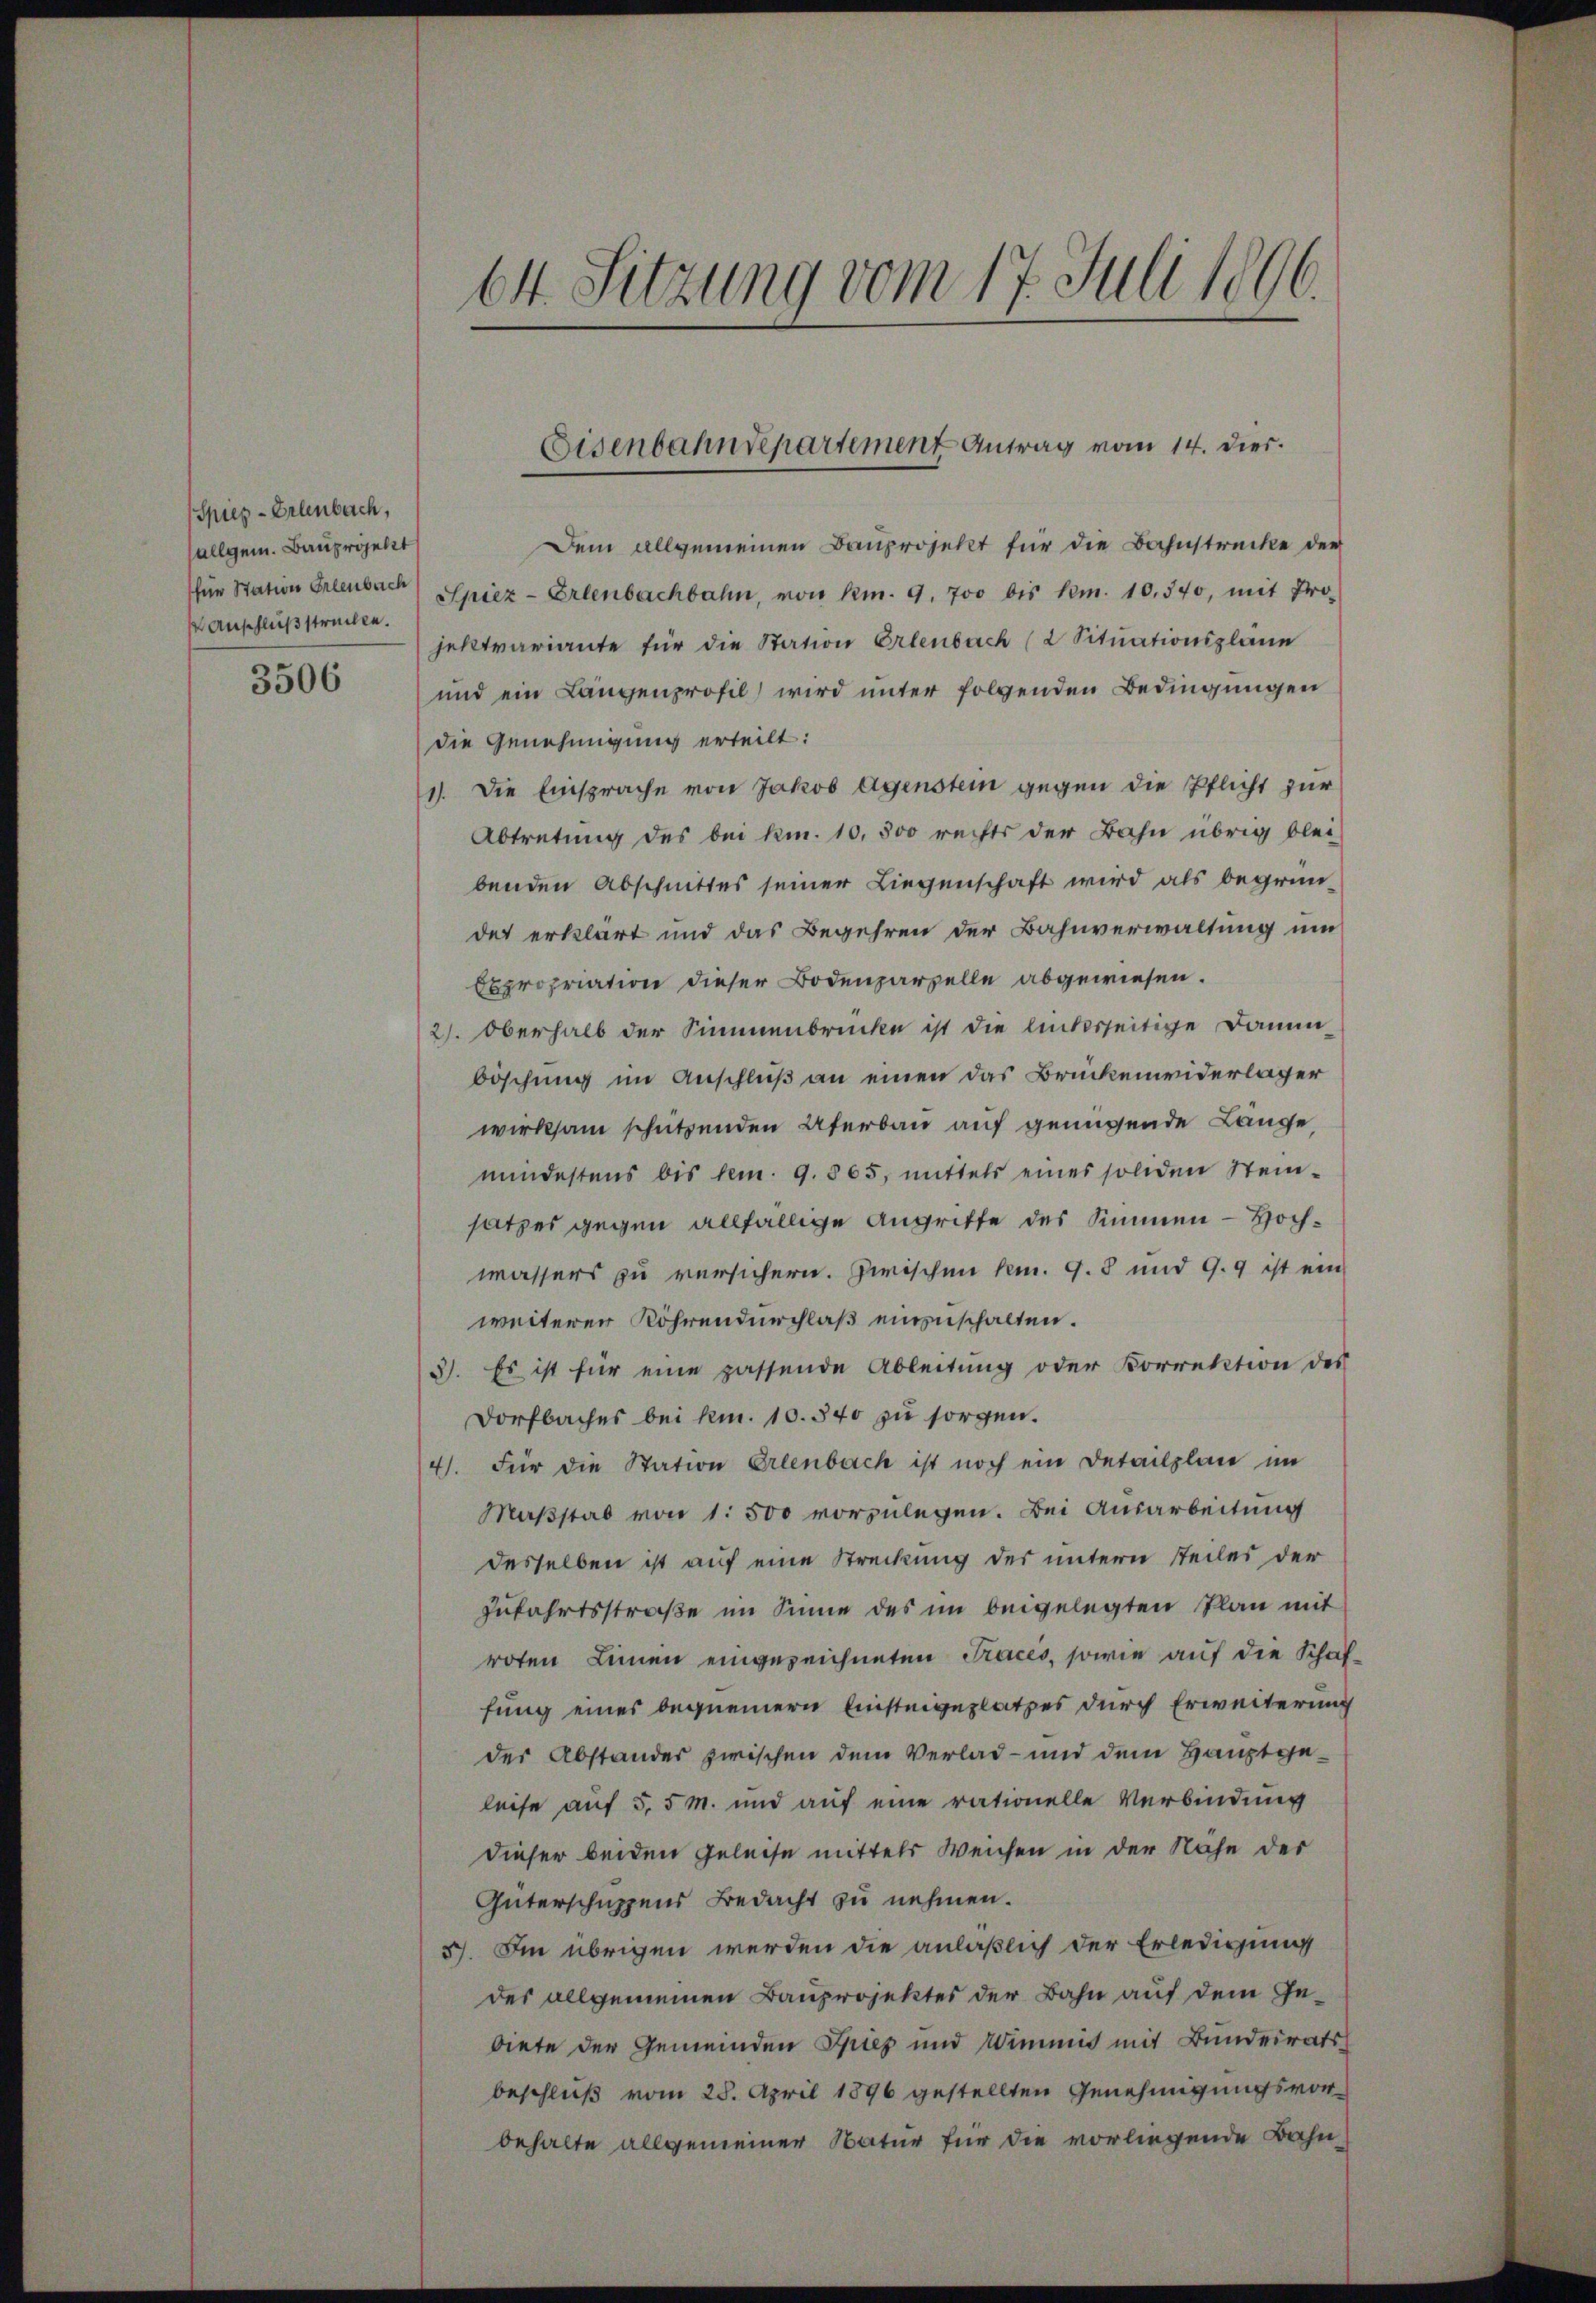
Spies - Erlenbach,
allgem. Bauprojekt
Anschluß strecken.

3506

Dem allgemeinen Bauprojekt für die Bahnstrecke der
für Station Erlenbach Spiez - Erlenbachbahn, von Nr. 9. 700 bis Nr. 10. 540, mit Pro
jektvariante für die Station Erlenbach (2 Situationspläne
und ein Längenprofil wird unter folgenden Bedingungen
die Genehmigung erteilt:
1). Die Einsprache von Jakob Agenstein gegen die Pflicht zur
Abtretung des bei kn. 10,500 rechts der Bahn übrig blei-
benden Abschnittes seiner Liegenschaft wird als begründet erklärt und das Begehren der Bahnverwaltung um
Expropriation dieser Bodenparzelle abgewiesen.
2). Oberhalb der Simmenbrücke ist die linkerseitige Damm-
böschung im Anschluß an einen das Brückenwiderlager
wirksam schützenden Uferbau auf genügende Länge,
mindestens bis hem. 9. 565, mittels eines soliden Steinsatzes gegen allfällige Angriffe des Simmen - Hochwassers zu versichern. Zwischen K. G. 8 und 9.9 ist ein
weiterer Röhrendurchlaß einzuschalten.
3). Es ist für eine passende Ableitung oder Korrektion des
Dorfbaches bei kn. 10. 340 zu sorgen.
4. Für die Station Erlenbach ist noch ein Detailplan im
Maßstab von 1. 500 vorzulegen. Bei Ausarbeitung
desselben ist auf eine Streckung des untern Teiles der
Zufahrtsstraße im Sinne des im beigelegten Plan mit
roten Linnen eingezeichneten Tracés, sowie auf die Schaffung eines bequemern Einsteigeplatzes durch Erweiterung
der Abstander zwischen dem Verlad- und dem Hauptgeleise auf 5,5 M. und auf eine rationelle Verbindung
dieser beiden Geleise mittels weichen in der Nähe der
Güterschuppens Bedacht zu nehmen.
5). Im übrigen werden die anläßlich der Erledigung
des allgemeinen Bauprojektes der Bahn auf dem Gebiete der Gemeinden Gries und Wimmis mit Bundeirats
beschluß vom 25. April 1896 gestellten Genehmigungsvor-
behalte allgemeiner Natur für die vorliegende Bahn-

64. Sitzung vom 17. Juli 1806.

Eisenbahndepartement Antrag vom 14. dies.